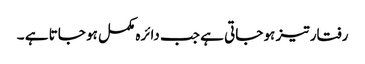
رفتار تیز ہو جاتی ہے جب دائرہ مکمل ہو جاتا ہے ۔